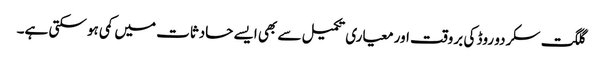
گلگت سکردو روڈ کی بروقت اور معیاری تکمیل سے بھی ایسے حادثات میں کمی ہو سکتی ہے۔